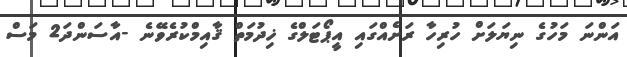
އަންނަ މަހުގެ ނިޔަލަށް ހުރިހާ ރަށެއްގައި އީޕޯޓަލްގެ ޚިދުމަތް ޤާއިމްކުރެވޭނެ -އާސަންދަ2 މަސް